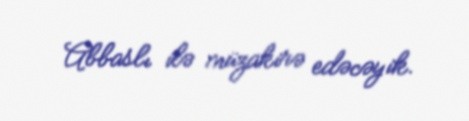
Abbaslı ilə müzakirə edəcəyik.